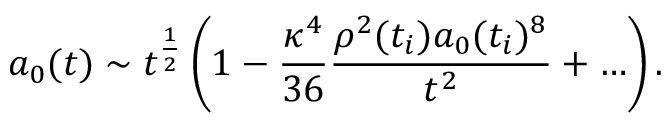
a _ { 0 } ( t ) \sim t ^ { \frac { 1 } { 2 } } \left( 1 - \frac { \kappa ^ { 4 } } { 3 6 } \frac { \rho ^ { 2 } ( t _ { i } ) a _ { 0 } ( t _ { i } ) ^ { 8 } } { t ^ { 2 } } + \ldots \right) .